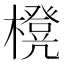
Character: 櫈